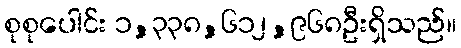
စုစုပေါင်း ၁,၃၃၈,၆၁၂,၉၆၈ဦးရှိသည်။